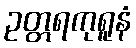
ဥတ္တရကုရူနံ